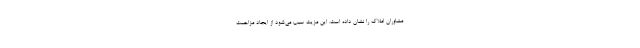
مشاوران املاک را نشان داده است. این مزیت سبب می‌شود از ایجاد مزاحمت